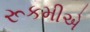
રૂકમીએ